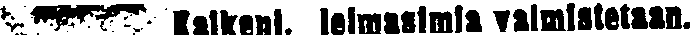
# Kaikenl.leimasimia valmistetaan.